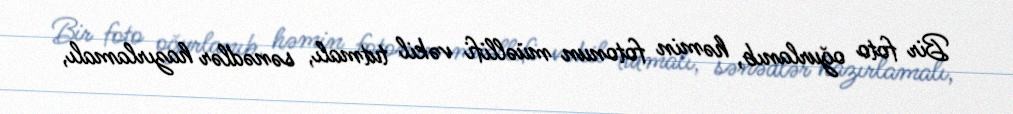
Bir foto oğurlanıb, həmin fotonun müəllifi vəkil tutmalı, sənədlər hazırlamalı,